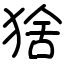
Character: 猞